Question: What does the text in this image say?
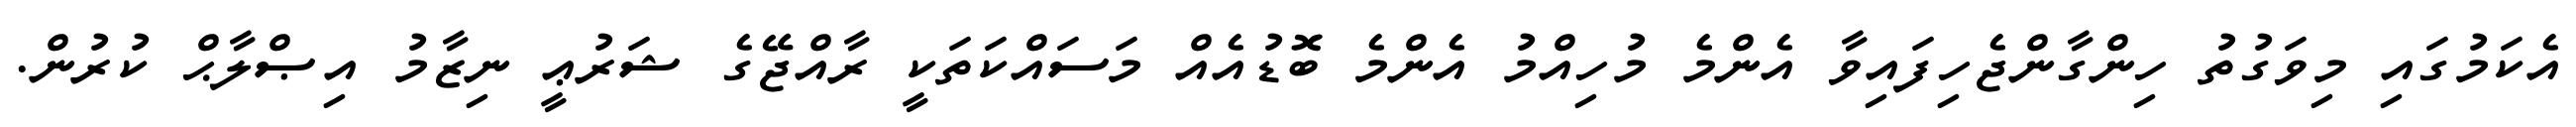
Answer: އެކަމުގައި މިވަގުތު ހިންގާންޖެހިފައިވާ އެންމެ މުހިއްމު އެންމެ ބޮޑުއެއް މަސައްކަތަކީ ރާއްޖޭގެ ޝަރުޢީ ނިޒާމު އިޞްލާޙް ކުރުން.